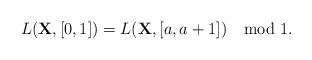
LaTeX: \begin{align*}L(\mathbf{X},[0,1])=L(\mathbf{X},[a,a+1])\mod 1.\end{align*}